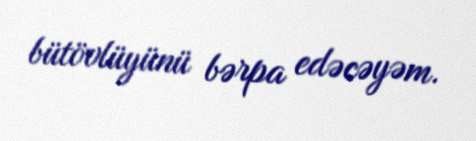
bütövlüyünü bərpa edəcəyəm.